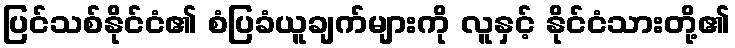
ပြင်သစ်နိုင်ငံ၏ စံပြခံယူချက်များကို လူနှင့် နိုင်ငံသားတို့၏